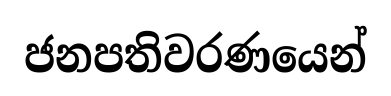
ජනපතිවරණයෙන්